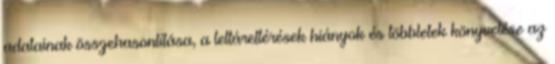
adatainak összehasonlítása, a leltáreltérések hiányok és többletek könyvelése az